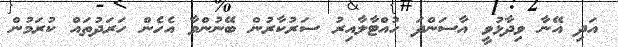
އަދި އޭނާ ވިދާޅުވީ އާސަންދަ ހުއްޓާލާއިރު ސަރުކާރުން ބޭނުންވާ އެހެން ހަރަދުތައް ކުރަމުން